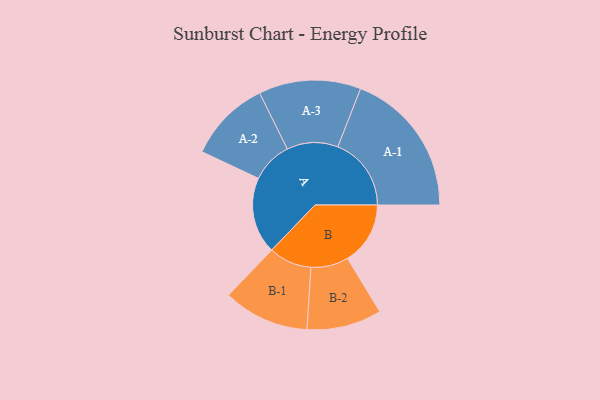
{"axis": {"x": "Segment", "y": "Value"}, "legend": ["", "A", "B"], "data": [{"x": "A", "y": 208, "type": ""}, {"x": "B", "y": 171, "type": ""}, {"x": "A-1", "y": 200, "type": "A"}, {"x": "A-2", "y": 112, "type": "A"}, {"x": "A-3", "y": 139, "type": "A"}, {"x": "B-1", "y": 117, "type": "B"}, {"x": "B-2", "y": 102, "type": "B"}]}